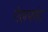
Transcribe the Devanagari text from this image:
गेलफांद